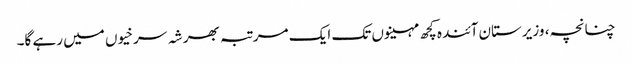
چنانچہ، وزیرستان آئندہ کچھ مہینوں تک ایک مرتبہ بھر شہ سرخیوں میں رہے گا۔